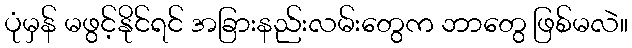
ပုံမှန် မဖွင့်နိုင်ရင် အခြားနည်းလမ်းတွေက ဘာတွေ ဖြစ်မလဲ။